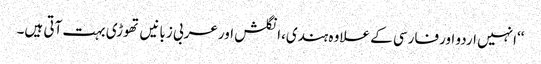
‘‘انہیں اردو اورفارسی کے علاوہ ہندی،انگلش اورعربی زبانیں تھوڑی بہت آتی ہیں۔